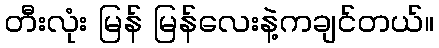
တီးလုံး မြန် မြန်လေးနဲ့ကချင်တယ်။